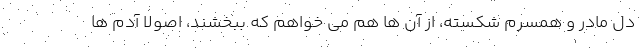
دل مادر و همسرم شکسته، از آن ها هم می خواهم که ببخشند، اصولا آدم ها